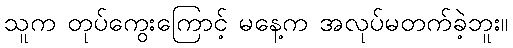
သူက တုပ်ကွေးကြောင့် မနေ့က အလုပ်မတက်ခဲ့ဘူး။